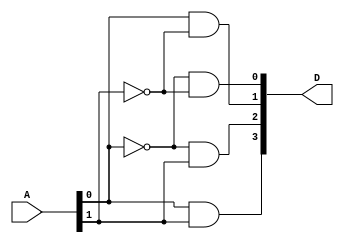
module decoder_two(A, D);
	// a 2-to-4 decoder, serve as a component of 5-to-32 decoder
	
	input [1:0] A;
	output [3:0] D;
	
	wire n_Azero, n_Aone;
	
	// not(Y, A);
	not notA0(n_Azero, A[0]);
	not notA1(n_Aone, A[1]);
	
	// and(Y, A, B);
	and and0(D[0], n_Azero, n_Aone);
	and and1(D[1], A[0], n_Aone);
	and and2(D[2], n_Azero, A[1]);
	and and3(D[3], A[0], A[1]);
	
endmodule